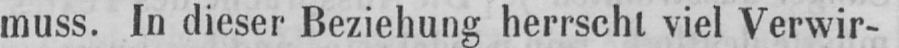
muss. In dieser Beziehung herrscht viel Verwir-